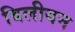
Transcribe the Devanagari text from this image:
बिलीयन